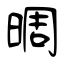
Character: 晭